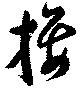
接